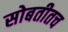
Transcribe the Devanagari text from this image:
सोबतीतच